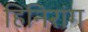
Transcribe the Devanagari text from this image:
हिनिरांग